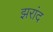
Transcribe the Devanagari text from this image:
झरांद